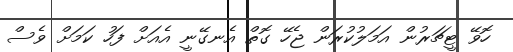
ހޮވޭ ޓީޗަރުން އަމަލުކުރަން ޖެހޭ ގޮތް އެނގޭނީ އެއަށް ފަހު ކަމަށް ވެސް